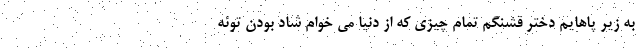
به زیر پاهایم دختر قشنگم تمام چیزی که از دنیا می خوام شاد بودن توئه